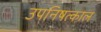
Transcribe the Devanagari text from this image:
उपनिषत्काल